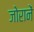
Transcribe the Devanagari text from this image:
जोरानें